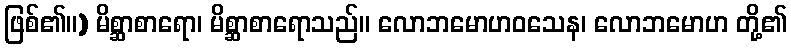
ဖြစ်၏။) မိစ္ဆာစာရော၊ မိစ္ဆာစာရောသည်။ လောဘမောဟဝသေန၊ လောဘမောဟ တို့၏